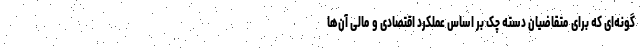
گونه‌ای که برای متقاضیان دسته‌ چک بر اساس عملکرد اقتصادی و مالی آن‌ها